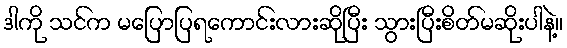
ဒါကို သင်က မပြောပြရကောင်းလားဆိုပြီး သွားပြီးစိတ်မဆိုးပါနဲ့။